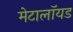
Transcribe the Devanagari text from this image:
मेटालॉयड